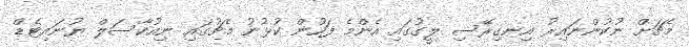
މެޗަށް ނުކުންނައިރު އިނގިރޭސި ލީގުގައި އެންމެ ފަހުން ކުޅުނު މެޗުގައި ނިއުކާސަލް ޔުނައިޓެޑް